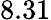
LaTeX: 8.31